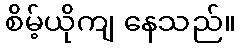
စိမ့်ယိုကျ နေသည်။